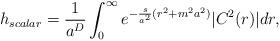
LaTeX: \begin{align*}h_{scalar} = \frac{1}{a^D}\int_{0}^{\infty}e^{-\frac{s}{a^2} (r^2 + m^2a^2)}|C^2(r)| dr,\end{align*}